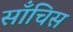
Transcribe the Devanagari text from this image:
साँचिस